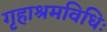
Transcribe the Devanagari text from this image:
गृहाश्रमविधिः